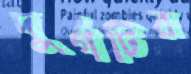
দুর্গটির